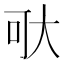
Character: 𱘯